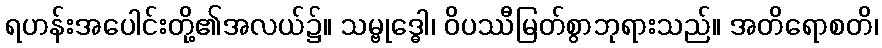
ရဟန်းအပေါင်းတို့၏အလယ်၌။ သမ္ဗုဒ္ဓေါ၊ ဝိပဿီမြတ်စွာဘုရားသည်။ အတိရောစတိ၊